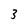
Character: 3